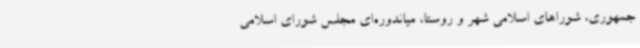
جمهوری، شوراهای اسلامی شهر و روستا، میاندوره‌ای مجلس شورای اسلامی